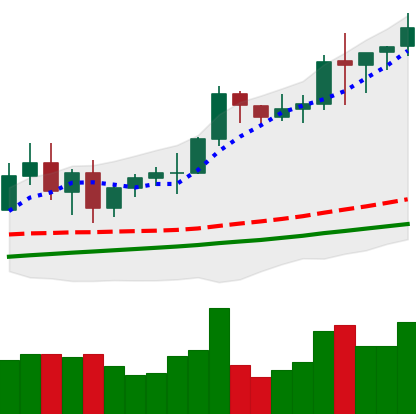
Ticker: BNB-USD
Chart end date: 2021-01-07
Forward return: -12.285%
Label: down_7plus